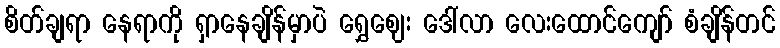
စိတ်ချရာ နေရာကို ရှာနေချိန်မှာပဲ ရွှေဈေး ဒေါ်လာ လေးထောင်ကျော် စံချိန်တင်